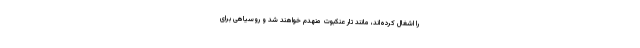
را اشغال کرده‌اند، مانند تار عنکبوت منهدم خواهند شد و روسیاهی برای